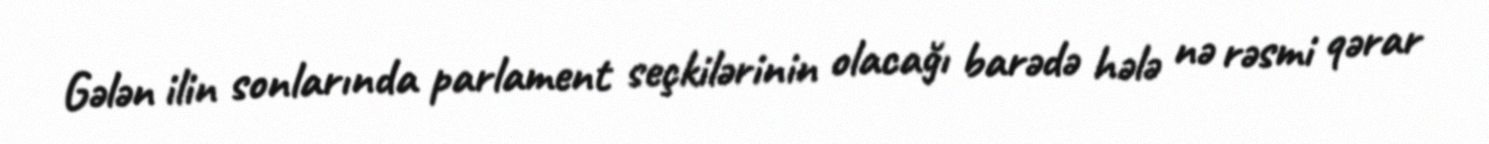
Gələn ilin sonlarında parlament seçkilərinin olacağı barədə hələ nə rəsmi qərar